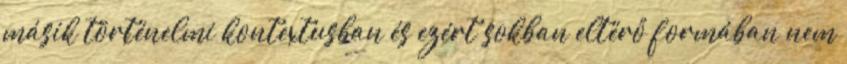
másik történelmi kontextusban és ezért sokban eltérő formában nem